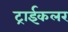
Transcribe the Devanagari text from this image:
ट्राईकलर